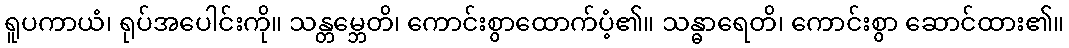
ရူပကာယံ၊ ရုပ်အပေါင်းကို။ သန္တမ္ဘေတိ၊ ကောင်းစွာထောက်ပံ့၏။ သန္ဓာရေတိ၊ ကောင်းစွာ ဆောင်ထား၏။